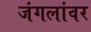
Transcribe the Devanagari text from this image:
जंगलांवर